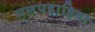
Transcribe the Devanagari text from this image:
मलपहाड़िया